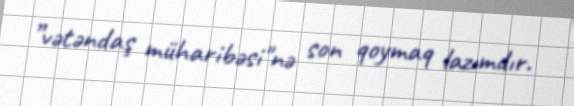
”vətəndaş müharibəsi"nə son qoymaq lazımdır.